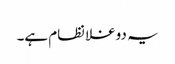
یہ دوغلا نظام ہے۔